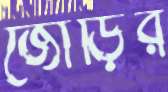
জোড়ির